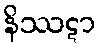
နိဿဋာ